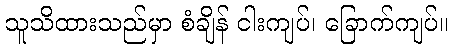
သူသိထားသည်မှာ စံချိန် ငါးကျပ်၊ ခြောက်ကျပ်။